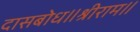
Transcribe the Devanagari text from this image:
दासबोध॥श्रीराम॥